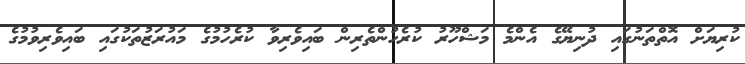
ކުރިޔަށް އޮތްތަނުގައި ދުނިޔޭގެ އެންމެ މަޝްހޫރު ކުރެހުންތެރިން ބައިވެރިވާ ކުރެހުމުގެ މައުރަޒުތަކުގައި ބައިވެރިވުމުގެ